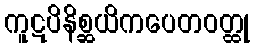
ကူဋပိနိစ္ဆယိကပေတဝတ္ထု